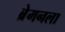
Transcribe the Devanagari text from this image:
ब्रेमनला